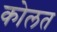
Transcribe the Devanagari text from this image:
कोलत